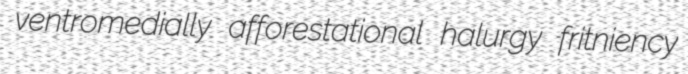
ventromedially afforestational halurgy fritniency